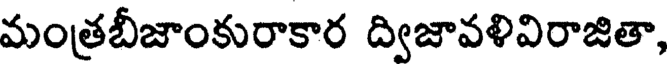
మంత్రబీజాంకురాకార ద్విజావళివిరాజితా,